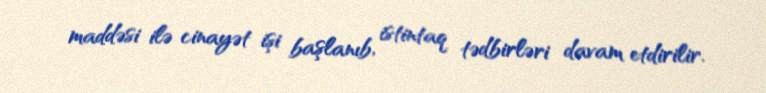
maddəsi ilə cinayət işi başlanıb, istintaq tədbirləri davam etdirilir.